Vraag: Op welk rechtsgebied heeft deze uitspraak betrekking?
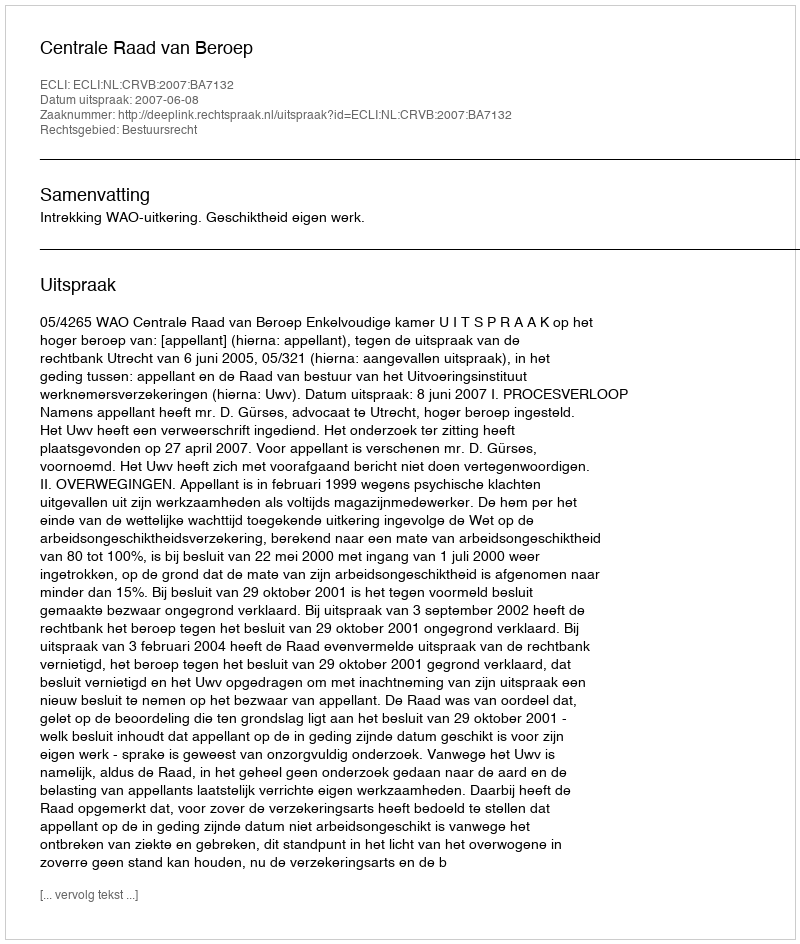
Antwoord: Bestuursrecht